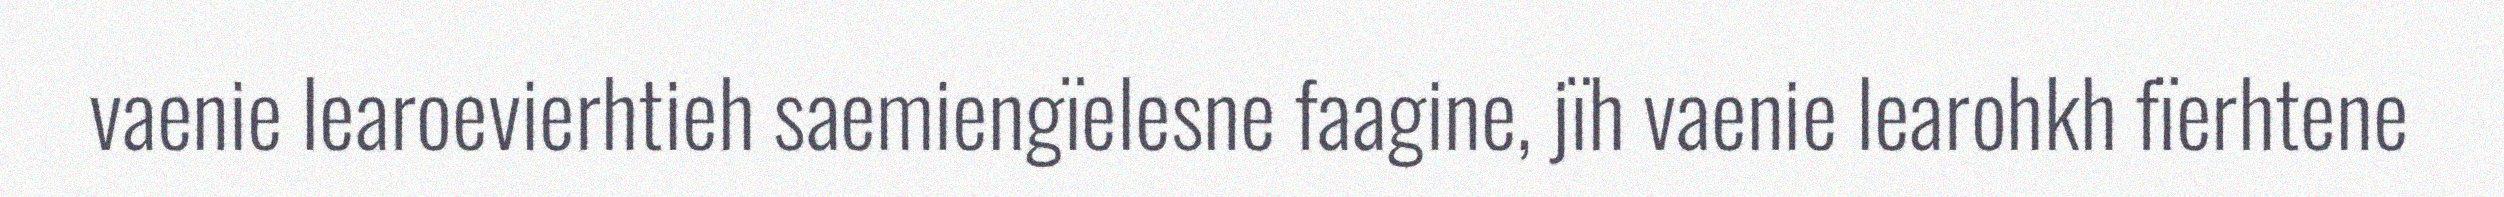
vaenie learoevierhtieh saemiengïelesne faagine, jïh vaenie learohkh fïerhtene